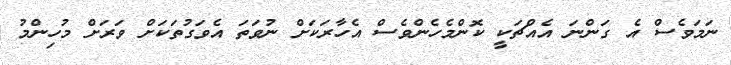
ނަމަވެސް އެ ގަންނަ އެއްޗަކީ ކޮންމެހެންވެސް އެހާރަކަށް ނުވަތަ އެވަގުތަކަށް ވަރަށް މުހިންމު